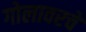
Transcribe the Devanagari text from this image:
गोलावरचे